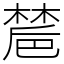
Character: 㯄